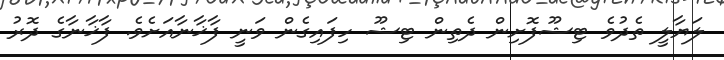
ލަޔާލީ ތެދުވެެ ޓިޝޫފޮށިން ދެތިން ޓިޝޫ ހިފައިގެން ވަނީ ފާޚާނާއަށެވެ. ފާޚާނާގެ ދޮރު